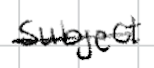
Text: subject
Cross-out: single-line
Writing tool: digital_black